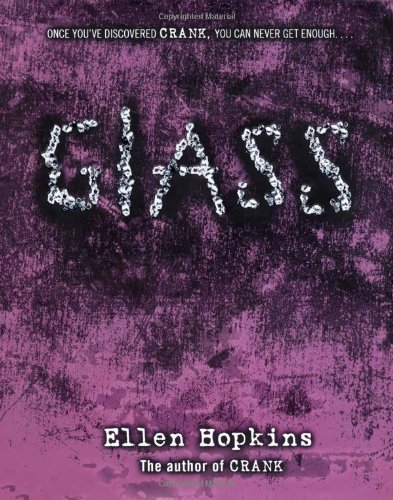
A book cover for Glass; Ellen Hopkins; Health, Fitness & Dieting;